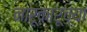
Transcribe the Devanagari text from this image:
नारूकारूच्या